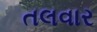
તલવાર